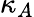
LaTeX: \kappa_{A}